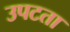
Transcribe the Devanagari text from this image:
उपटता